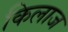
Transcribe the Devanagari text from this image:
किलाज